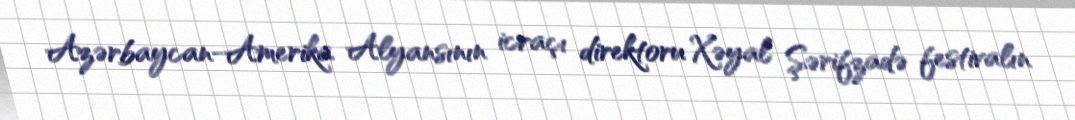
Azərbaycan-Amerika Alyansının icraçı direktoru Xəyal Şərifzadə festivalın